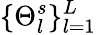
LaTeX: \{ \Theta_{l}^{s}\} _{l=1}^{L}